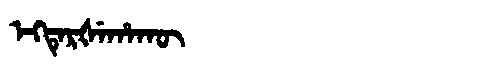
Manchu: ᡝᡴᡨᡝᡵᡧᡝᡥᠠᡴᡡ
Romanization: EKTERŠEHAKŪ